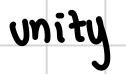
Text: unity
Cross-out: clean
Writing tool: digital_black